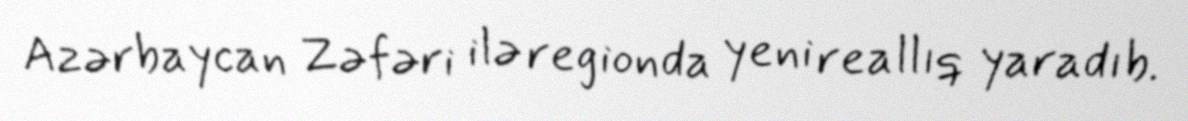
Azərbaycan Zəfəri ilə regionda yeni reallıq yaradıb.